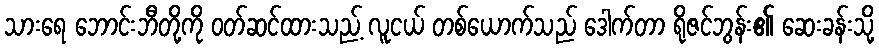
သားရေ ဘောင်းဘီတို့ကို ဝတ်ဆင်ထားသည့် လူငယ် တစ်ယောက်သည် ဒေါက်တာ ရိုဇင်ဘွန်း၏ ဆေးခန်းသို့